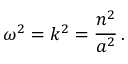
\omega ^ { 2 } = k ^ { 2 } = \frac { n ^ { 2 } } { a ^ { 2 } } \, .